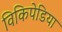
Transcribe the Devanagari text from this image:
विकिपेडिया